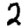
Digit: 2